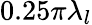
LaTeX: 0.25\pi\lambda_{l}